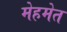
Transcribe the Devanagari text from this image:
मेहमेत